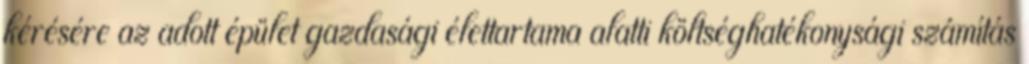
kérésére az adott épület gazdasági élettartama alatti költséghatékonysági számítás